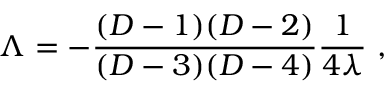
\Lambda = - { \frac { ( D - 1 ) ( D - 2 ) } { ( D - 3 ) ( D - 4 ) } } { \frac { 1 } { 4 \lambda } } ~ ,